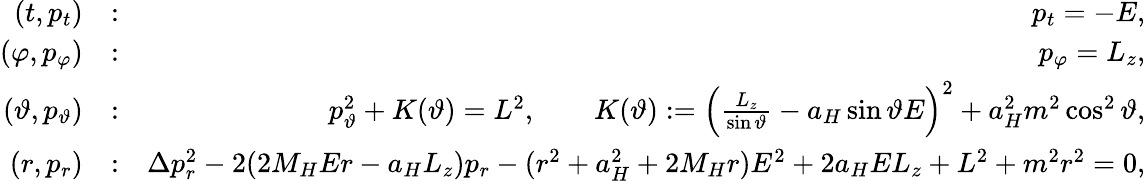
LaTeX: \begin{array}{rlr}{(t,p_{t})}&{:}&{p_{t}=-E,}\\ {(\varphi,p_{\varphi})}&{:}&{p_{\varphi}=L_{z},}\\ {(\vartheta,p_{\vartheta})}&{:}&{p_{\vartheta}^{2}+K(\vartheta)=L^{2},\qquad K(\vartheta):=\left(\frac{L_{z}}{\sin\vartheta}-a_{H}\sin\vartheta E\right)^{2}+a_{H}^{2}m^{2}\cos^{2}\vartheta,}\\ {(r,p_{r})}&{:}&{\Delta p_{r}^{2}-2(2M_{H}Er-a_{H}L_{z})p_{r}-(r^{2}+a_{H}^{2}+2M_{H}r)E^{2}+2a_{H}EL_{z}+L^{2}+m^{2}r^{2}=0,}\end{array}